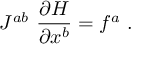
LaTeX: J ^ { a b } \ \frac { \partial H } { \partial x ^ { b } } = f ^ { a } \ .